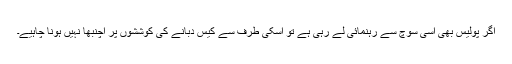
اگر پولیس بھی اسی سوچ سے رہنمائی لے رہی ہے تو اسکی طرف سے کیس دبانے کی کوششوں پر اچنبھا نہیں ہونا چاہیے۔